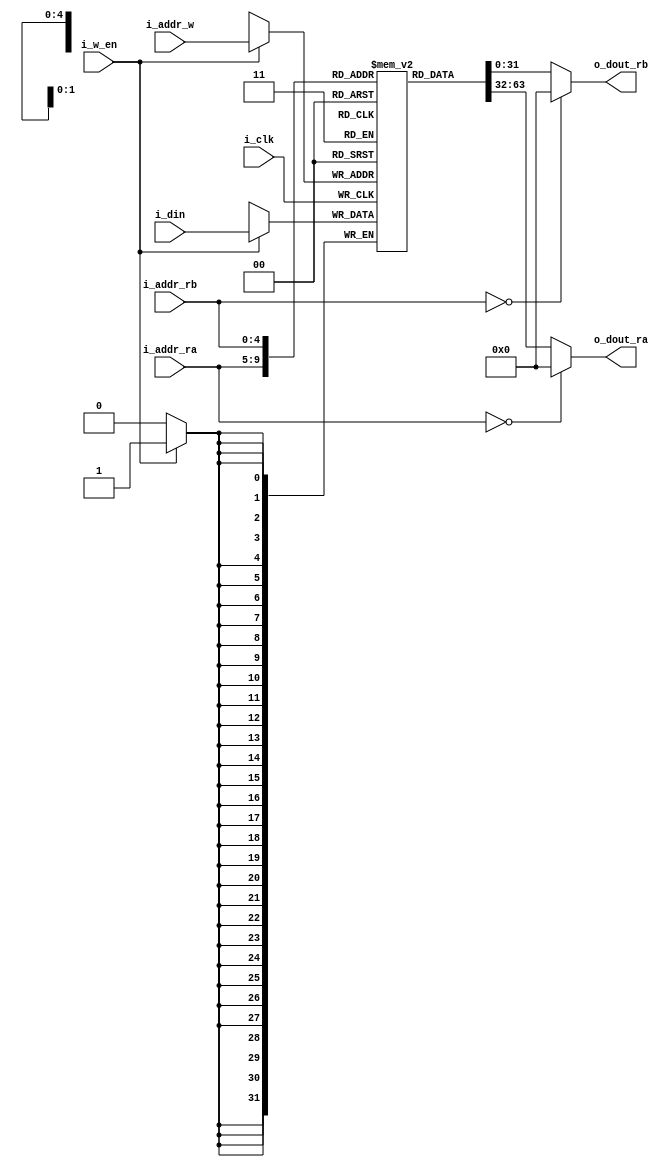
///////////////////////////////////////////////////////////////////
//Desription:general purpose register 					         //
///////////////////////////////////////////////////////////////////

`timescale 1ns/1ps

module register_file(i_clk, i_addr_ra, i_addr_rb, i_w_en, i_addr_w, i_din,
						o_dout_ra, o_dout_rb);

	parameter DATA_WIDTH = 32;
	parameter REG_ADDR_WIDTH = 5;

	//Port Declarations
	input 				            		i_clk;
	input     	[REG_ADDR_WIDTH - 1 : 0] 	i_addr_ra;
	input     	[REG_ADDR_WIDTH - 1 : 0] 	i_addr_rb;
	input						            i_w_en;
	input     	[REG_ADDR_WIDTH - 1 : 0] 	i_addr_w;
	input     	[DATA_WIDTH - 1 : 0] 	   	i_din;
	output reg	[DATA_WIDTH - 1 : 0]    	o_dout_ra;
	output reg	[DATA_WIDTH - 1 : 0]     	o_dout_rb;

	//-----------------------Internal variables----------------
	reg [DATA_WIDTH - 1 : 0] registers [2**REG_ADDR_WIDTH - 1 : 1];

	//-----------------------Code start------------------------
  //async read port a
	always @* begin
		if(!i_addr_ra)
			o_dout_ra = 0;
		else
			o_dout_ra = registers[i_addr_ra];
	end

  //async read port a
	always @* begin
		if(!i_addr_rb)
			o_dout_rb = 0;
		else
			o_dout_rb = registers[i_addr_rb];
	end

  //sync write data
	always @(posedge i_clk) begin
		if(i_w_en)
			registers[i_addr_w] <= i_din;
	end

endmodule